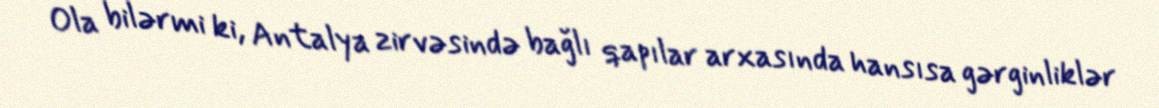
Ola bilərmi ki, Antalya zirvəsində bağlı qapılar arxasında hansısa gərginliklər